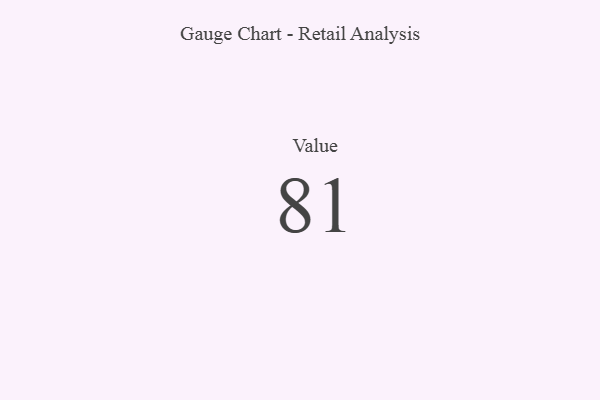
{"axis": {"x": "Metric", "y": "Value"}, "legend": [""], "data": [{"x": "Value", "y": 81, "type": ""}]}